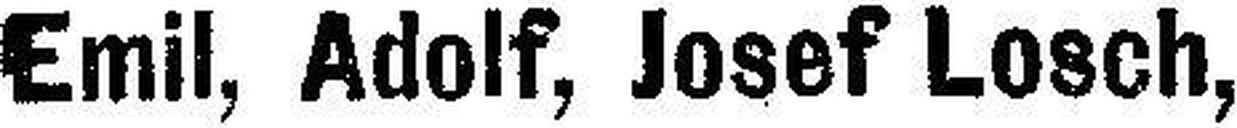
Emil, Adolf, Josef Losch,